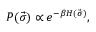
P ( \vec { \sigma } ) \propto e ^ { - \beta H ( \vec { \sigma } ) } ,